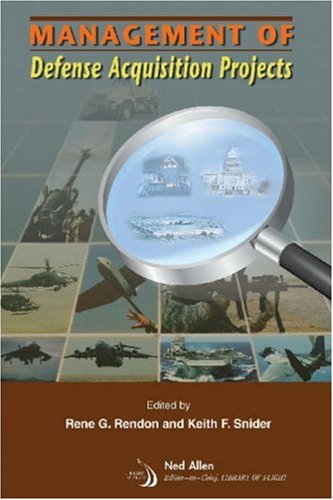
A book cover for Management Of Defense Acquisition Projects (Library of Flight Series); Rene G. Rendon; History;